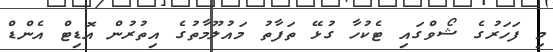
މި ފަހަރުގެ ޝޯވްގައި ޓެކުހާ ގުޅޭ ތަފާތު މައުލޫމާތުގެ އިތުރުން އޮޑިޓް އެންޑް